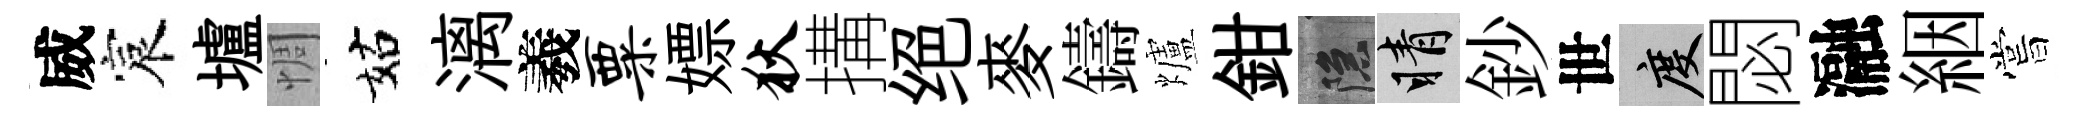
威宸壚惆姑漓羲粟嫖狄搆绝麥鑄爐鉗隱睛鈔世度閟瀜絪嘗